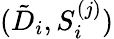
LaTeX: (\tilde{D}_{i},S_{i}^{(j)})